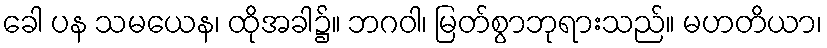
ခေါ ပန သမယေန၊ ထိုအခါ၌။ ဘဂဝါ၊ မြတ်စွာဘုရားသည်။ မဟတိယာ၊